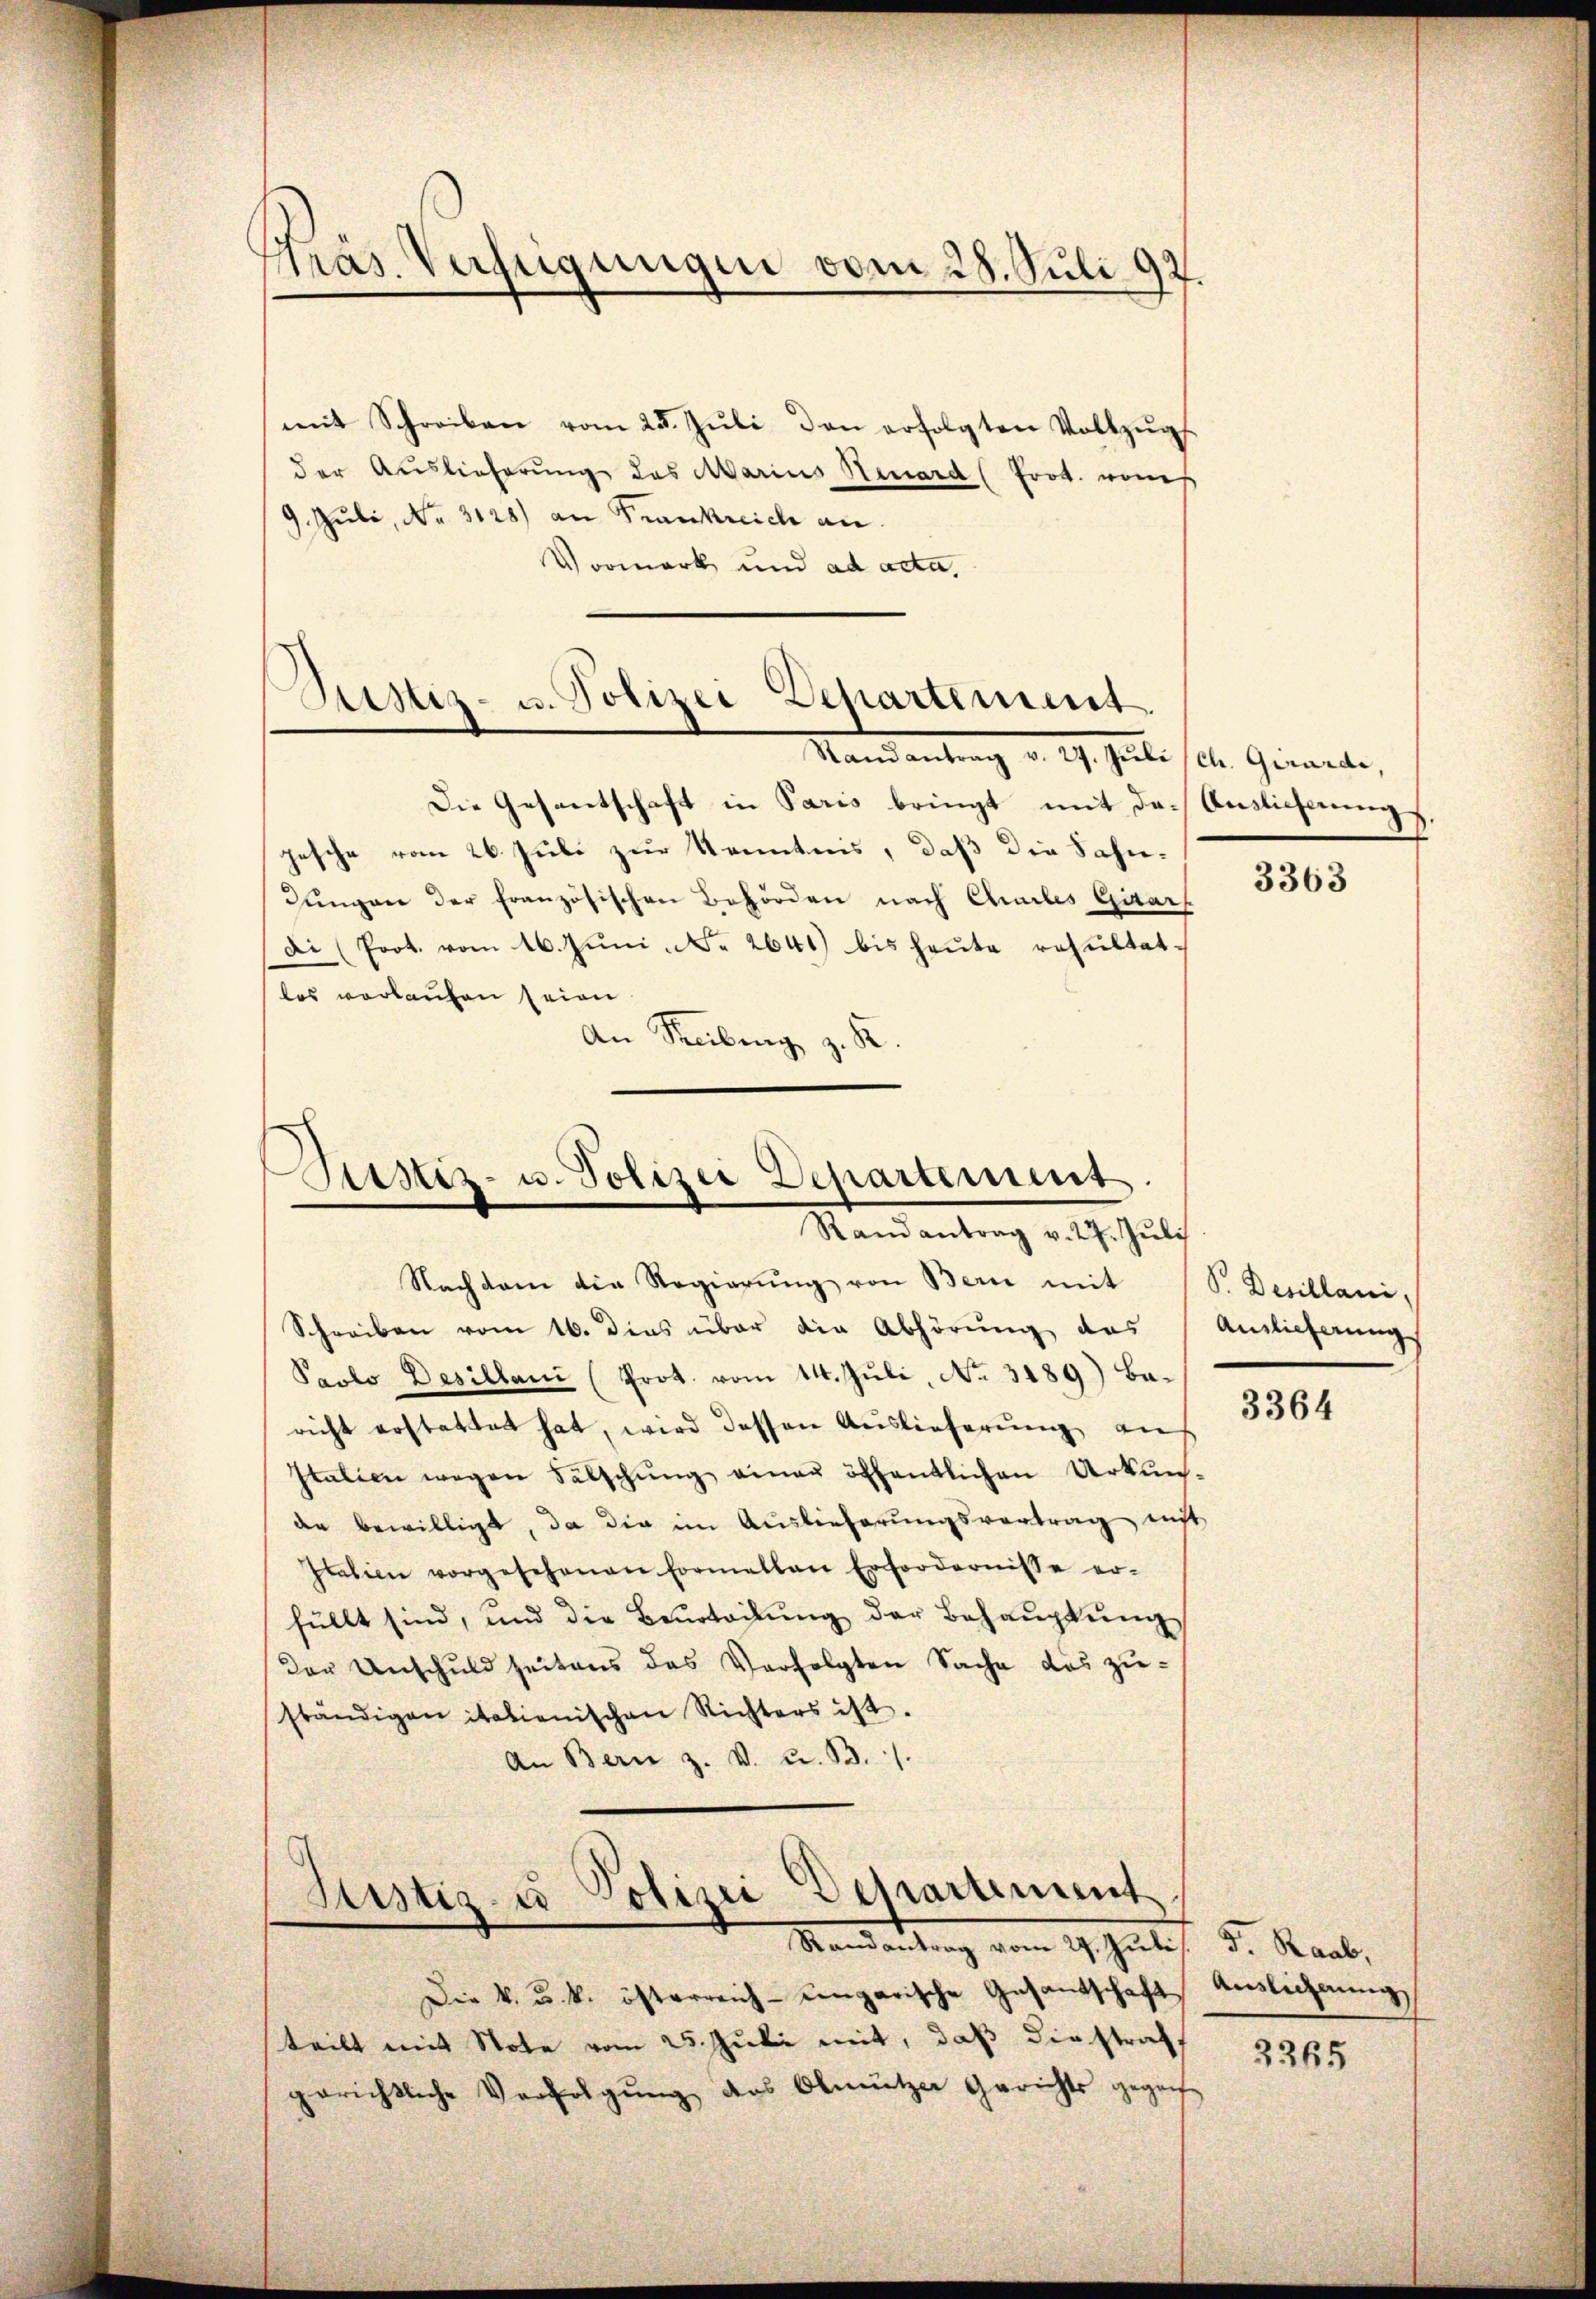
träs. Verfügungen vom 28. Juli 92.

mit Schreiben vom 25. Jŭli den erfolgten Vollzŭgs
der Auslieferŭng des Marius Neuard (Prot. vom
9. Juli, Nr. 3128) an Frankreich an
Vormerk und ad acta,

Justiz- u. Polizei Departement
Randantrag v. 27. Jŭli (Chr. Girarde,

Die Gesentschaft in Paris bringt mit der Auslicherung
gesche vom 26. Juli zur Kenntnis, daß die Sahn¬
Jungen der französischen Behörden nach Chailes Gitars
Di (Prot. vom 16. Jŭni - Fr. 2641) bis heŭte resultat.
los verkaufen seien
An Reibung z. B

Isstiz- u. Polizei Departement
Randantrag v. 27. Jŭli

Nachdem die Regierŭng von Bern mit
Schreiben vom 16. dies über die Abhörung des
Parlo Desillani (Prot. vom 14. Juli No. 3189) Baricht erstattet hat, wird dessen Auslieferung aus
Italien wegen Fälschŭng einer öffentlichen Urkun-
de bewilligt, da die im Auslieferŭngsvertrag mit
Italien vorgesehenen Formellen Erfordernisse er-
füllt sind, und die Beurteilŭng der Behaŭptŭng
Der Unschuld seitens des Verfolgten Sache des zuständigen italienischen Richters ist.
An Bern z. v. u. B. /.

Justiz- u Polizei Departement
Mandartung vom 19. Juli d. Raub,

Die k. u. k. österreich-Congarische Gesandschaft Auslichnung
teilt mit Note vom 25. Juli mit, daß diestraf
gerichtliche Verfolgung des Obmützer Gerichts gegenf

3363

P. Decillani,
Auslieferung

3364

3265